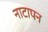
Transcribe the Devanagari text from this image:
नाटापन